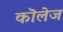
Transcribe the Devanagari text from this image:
कॊलेज